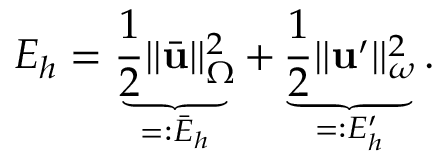
E _ { h } = \underbrace { \frac { 1 } { 2 } | | \bar { \mathbf { u } } | | _ { \Omega } ^ { 2 } } _ { = : \bar { E } _ { h } } + \underbrace { \frac { 1 } { 2 } | | \mathbf { u } ^ { \prime } | | _ { \omega } ^ { 2 } } _ { = : E _ { h } ^ { \prime } } .